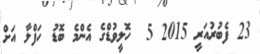
23 ފެބުރުއަރީ 2015 5  ހޮލީވުޑްގެ އެންމެ ބޮޑު ހަފްލާ އަށް